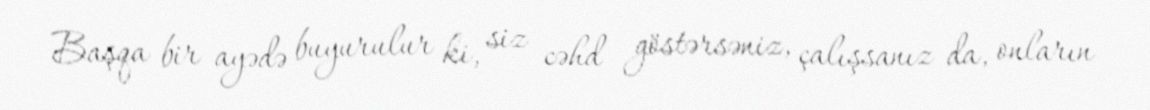
Başqa bir ayədə buyurulur ki, siz cəhd göstərsəniz, çalışsanız da, onların